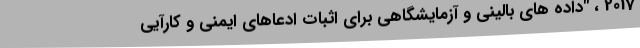
2017 ، "داده های بالینی و آزمایشگاهی برای اثبات ادعاهای ایمنی و کارآیی